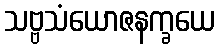
သဗ္ဗသံယောဇနက္ခယေ